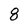
Character: 8